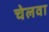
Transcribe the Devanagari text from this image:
चेलवा